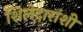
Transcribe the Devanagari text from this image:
शिलेदारांशी